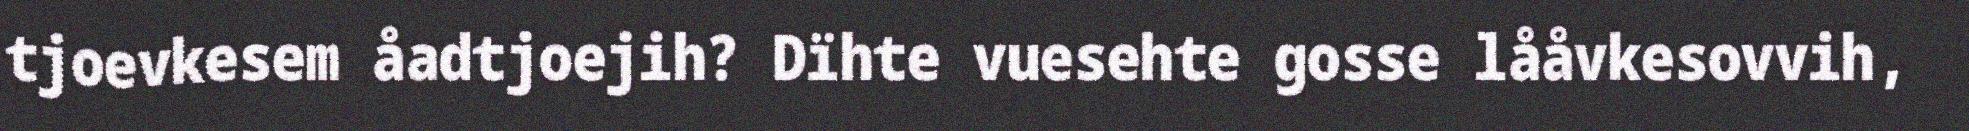
tjoevkesem åadtjoejih? Dïhte vuesehte gosse lååvkesovvih,